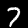
Label: 7